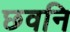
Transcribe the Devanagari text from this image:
छवनि